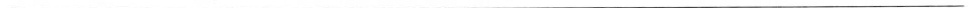
___